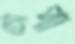
চৌপা